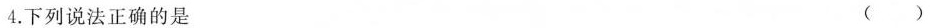
4.下列说法正确的是 ()